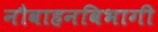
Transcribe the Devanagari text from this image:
नौवाहनविभागी